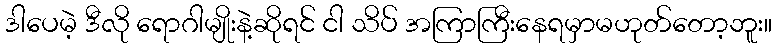
ဒါပေမဲ့ ဒီလို ရောဂါမျိုးနဲ့ဆိုရင် ငါ သိပ် အကြာကြီးနေရမှာမဟုတ်တော့ဘူး။